Medical and sanitary report of the native army of Bengal for the year
Year: 1876
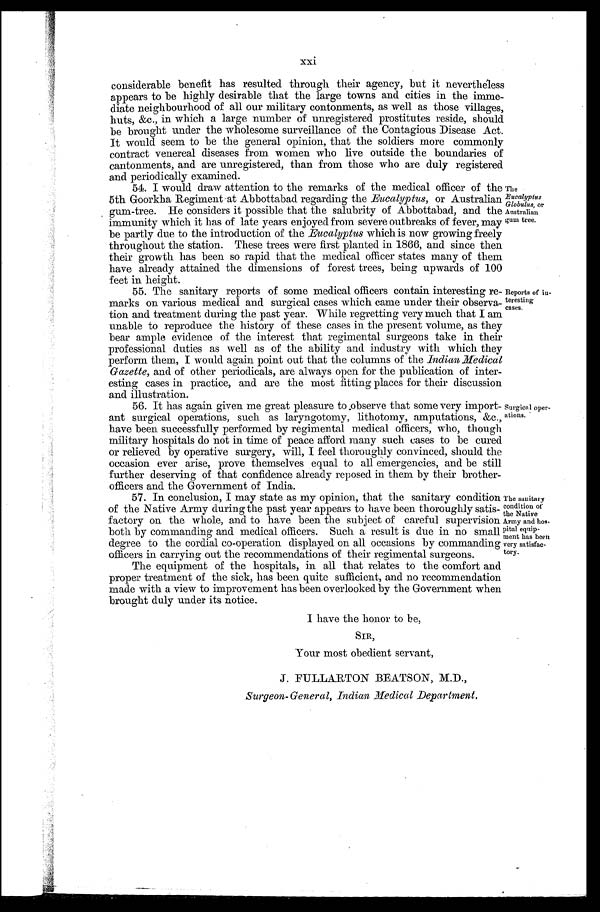
xxi
considerable benefit has resulted through their agency, but it nevertheless
appears to be highly desirable that the large towns and cities in the imme-
diate neighbourhood of all our military contonments, as well as those villages,
huts, &c., in which a large number of unregistered prostitutes reside, should
be brought under the wholesome surveillance of the Contagious Disease Act.
It would seem to be the general opinion, that the soldiers more commonly
contract venereal diseases from women who live outside the boundaries of
cantonments, and are unregistered, than from those who are duly registered
and periodically examined.
54. I would draw attention to the remarks of the medical officer of the
5th Goorkha Regiment at Abbottabad regarding the Eucalyptus, or Australian
gum-tree. He considers it possible that the salubrity of Abbottabad, and the
immunity which it has of late years enjoyed from severe outbreaks of fever, may
be partly due to the introduction of the Eucalyptus which is now growing freely
throughout the station. These trees were first planted in 1866, and since then
their growth has been so rapid that the medical officer states many of them
have already attained the dimensions of forest trees, being upwards of 100
feet in height.
The
Eucalyptus
Globulus, or
Australian
gum tree.
55. The sanitary reports of some medical officers contain interesting re-
marks on various medical and surgical cases which came under their observa- ,
tion and treatment during the past year. While regretting very much that I am
unable to reproduce the history of these cases in the present volume, as they
bear ample evidence of the interest that regimental surgeons take in their
professional duties as well as of the ability and industry with which they
perform them, I would again point out that the columns of the Indian Medical
Gazette, and of other periodicals, are always open for the publication of inter-
esting cases in practice, and are the most fitting places for their discussion
and illustration.
Reports of in-
teresting
cases,
56. It has again given me great pleasure to observe that some very import-
ant surgical operations, such as laryngotomy, lithotomy, amputations, &c.
, h a v e b e e n s u c c e s s f u l l y p e r f o r m e d b y r e g i m e n t a l m e d i c a l o f f i c e r s , w h o , t h o u g h
military hospitals do not in time of peace afford many such cases to be cure
d o r r e l i e v e d b y o p e r a t i v e s u r g e r y , w i l l , I f e e l t h o r o u g h l y c o n v i n c e d , s h o u l d t h e
occasion ever arise, prove themselves equal to all emergencies, and be still
further deserving of that confidence already reposed in them by their brother
-officers and the Government of India.
57. In conclusion, I may state as my opinion, that the sanitary condition
of the Native Army during the past year appears to have been thoroughly satis-
factory on the whole, and to have been the subject of careful supervision
both by commanding and medical officers. Such a result is due in no small
degree to the cordial co-operation displayed on all occasions by commanding
officers in carrying out the recommendations of their regimental surgeons.
The equipment of the hospitals, in all that relates to the comfort and
proper treatment of the sick, has been quite sufficient, and no recommendation
made with a view to improvement has been overlooked by the Government when
brought duly under its notice.
Surgical oper-
ations.
The sanitary
condition of
the Native
Army and hos-
pital equip-
ment has been
very satisfac-
tory.
I have the honor to be,
SIR,
Your most obedient servant,
J. FULLARTON BEATSON, M.D.,
Surgeon- General, Indian Medical Department.